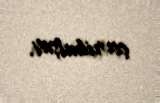
çevrilmişdi.